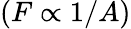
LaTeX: (F\propto 1/A)